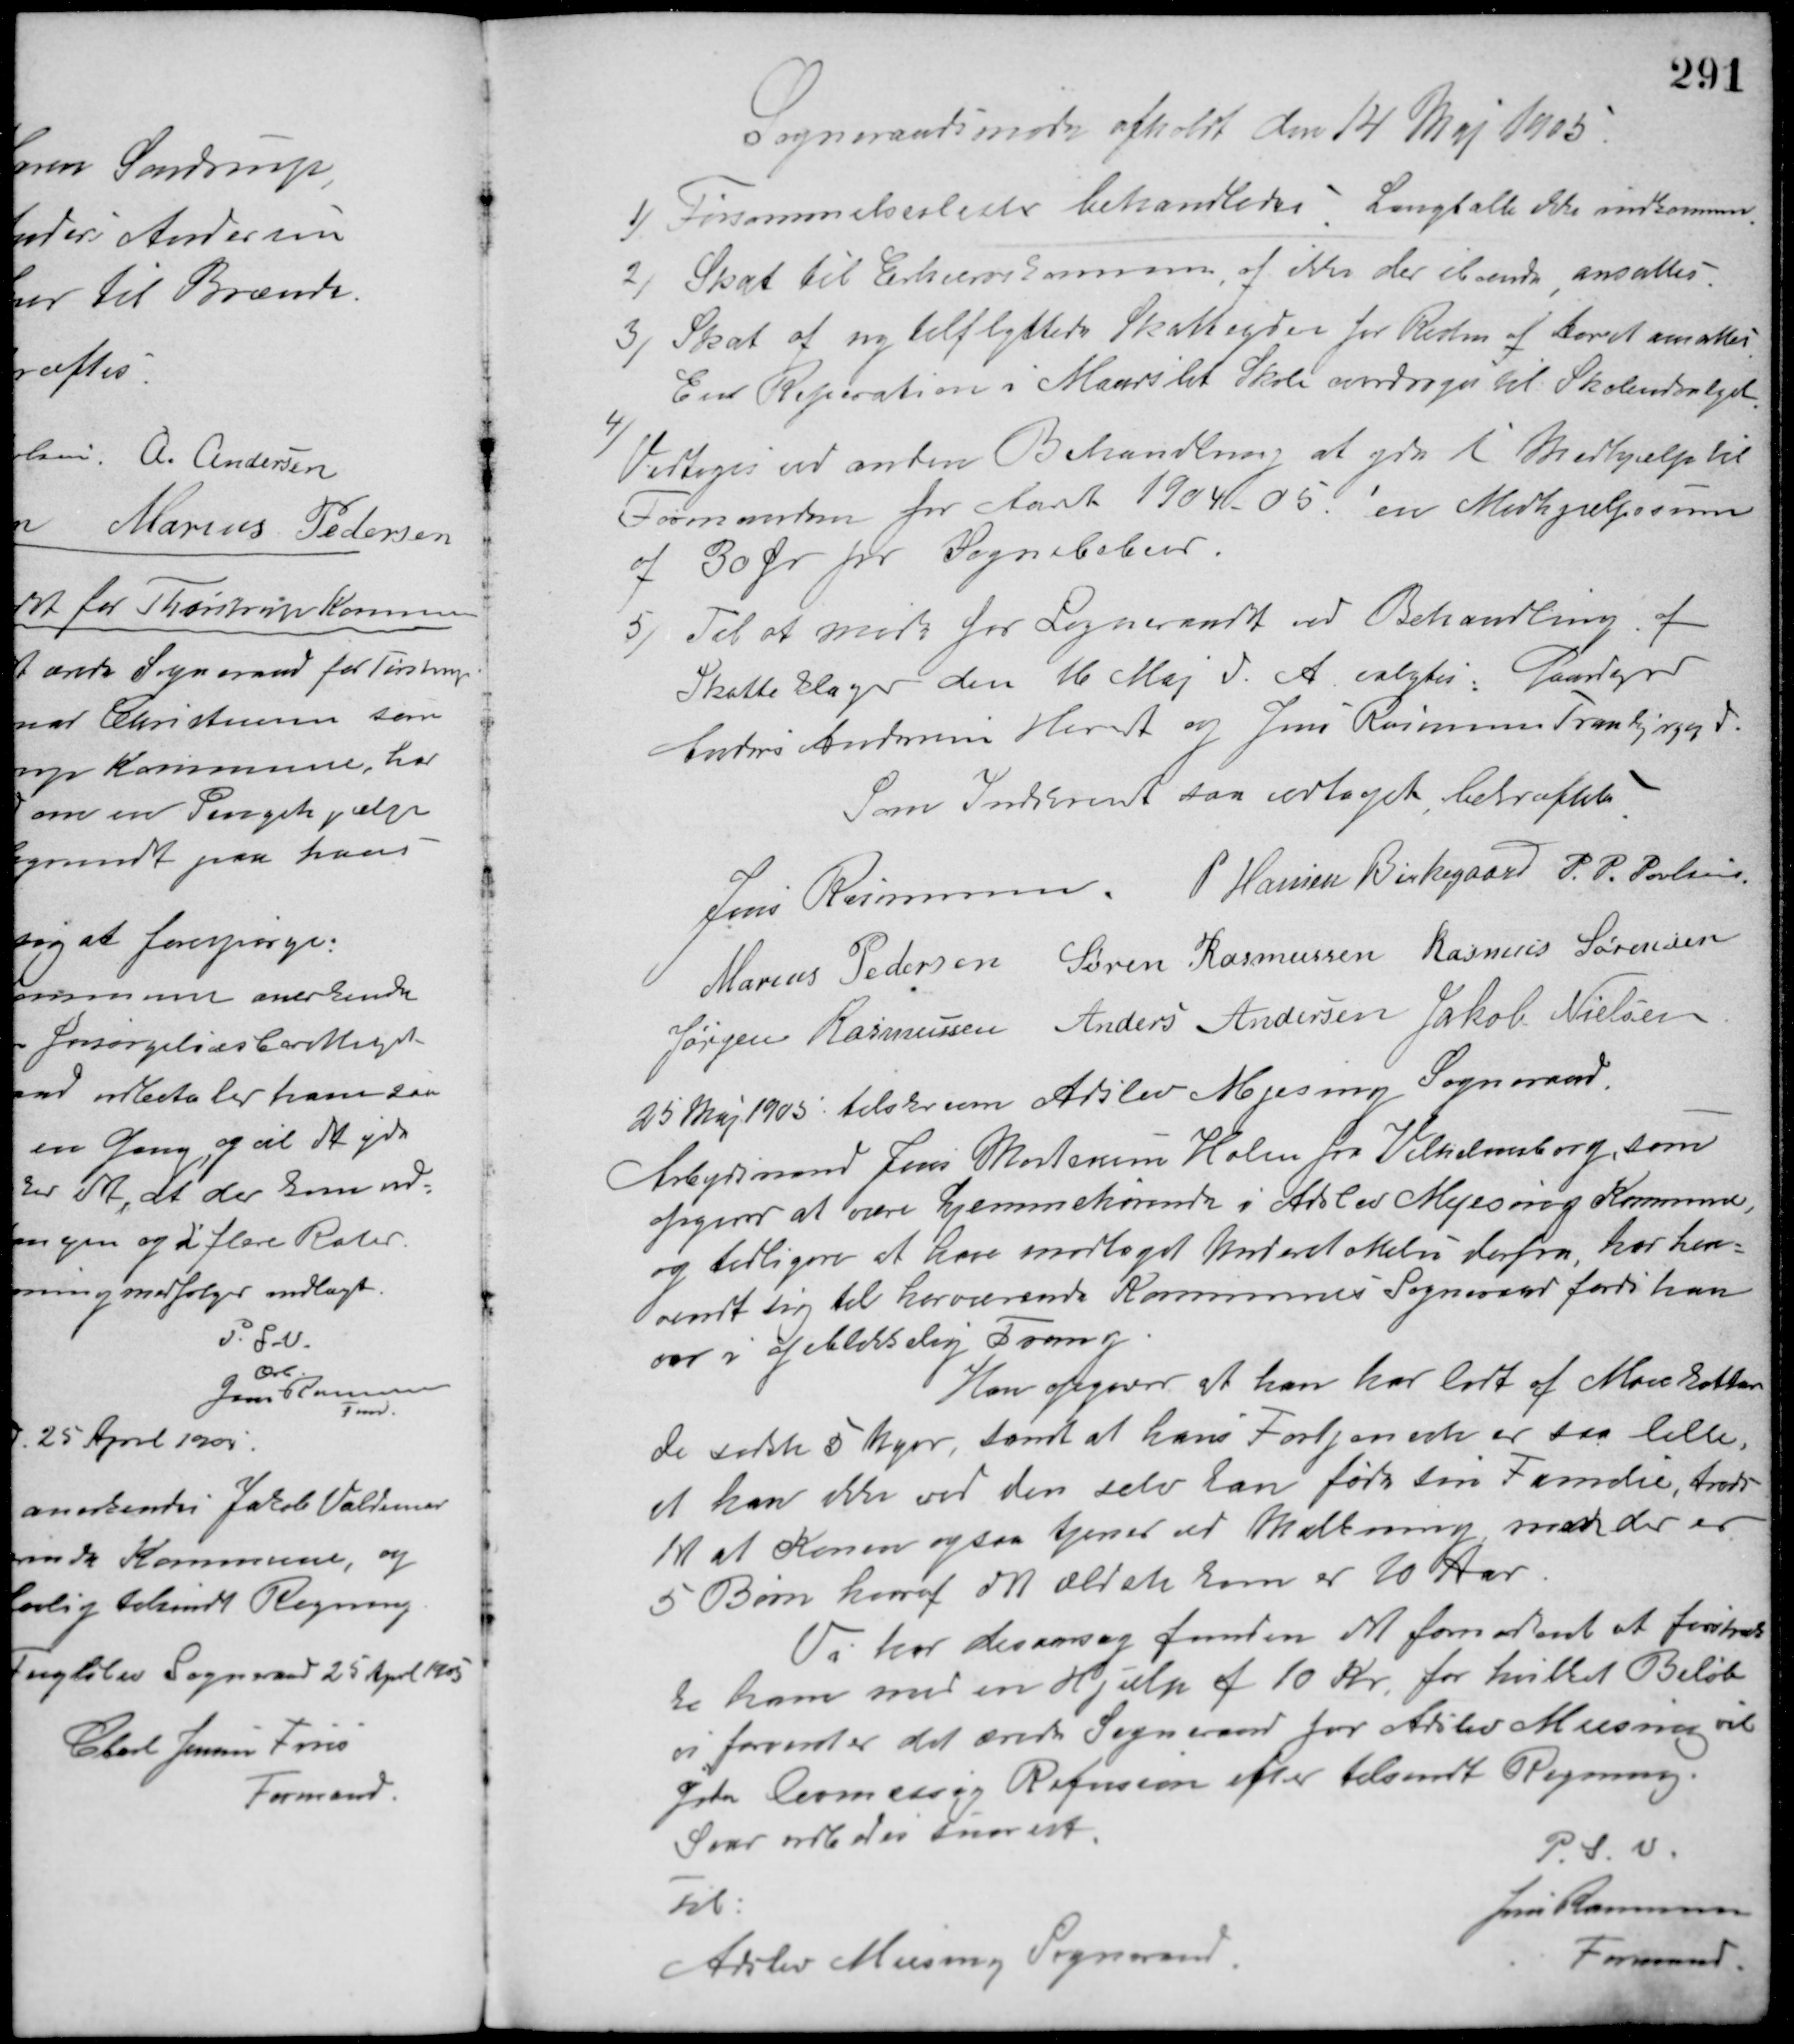
Transskription:
Sogneraadsmøde afholdt den 14 Maj 1905.
1/ Forsømmelseslister behandledes; Langballe ikke indkommen.
2/ Skat til Erhvervskommen af ikke der ilende ansattes.
3/ Skat af nytilflyttede Skatteydere for Resten af Aaret ansattes.
En Reparation i Maarslet Skole overdroges til Skoleudvalget.
4/
Vedtoges ved anden Behandling at yde i Medhjælp til
Formanden for Aaret 1904-05 en Medhjælpssum
af 30 Øre pr. Sognebeboer.
5/ Til at møde for Sogneraadet ved Behandling af
Skatteklager den 16 Maj d. A. valgtes Gaardejer
Anders Andersen Hørret og Jens Rasmussen Tranbjerggd.
Som Indskrevet saa vedtaget bekræftes
Jens Rasmussen P. Hansen Birkegaard P. P. Poulsen
Marius Pedersen Søren Rasmussen Rasmus Sørensen
Jørgen Rasmussen Anders Andersen Jakob Nielsen
25 Maj 1905 tilskreven Adslev Mjesing Sogneraad.
Arbejdsmand Jens Mortensen Holm fra Vilhelmsborg, som
opgiver at være hjemmehørende i Adslev Mjesing Kommune,
og tidligere at have modtaget Understøttelse derfra, har hen-
vendt sig til herværende Kommunes Sogneraad fordi han
var i øjeblikkelig Trang.
Han opgiver at han har lidt af Mavekattar
de sidste 5 Uger, samt at hans Fortjeneste er saa lille,
at han ikke ved den selv kan føde sin Familie, trods
det at Konen ogsaa tjener ved Malkning men der er
5 Børn hvoraf det ældste barn er 10 Aar.
Vi har des aarsag funden det fornødent at forstræk-
ke ham med en Hjælp af 10 Kr. for hvilket Beløb
vi forventer det ærede Sogneraad for Adslev Meesing vil
yde lovmæssig Refusion efter tilsendt Regning.
Svar udbedes snarest.
Til:
Adslev Meesing Sogneraad
P. S. V.
Jens Rasmussen
Formand.